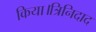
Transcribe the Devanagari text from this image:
किया।त्रिनिदाद